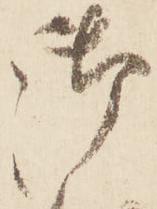
御